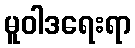
မူဝါဒရေးရာ